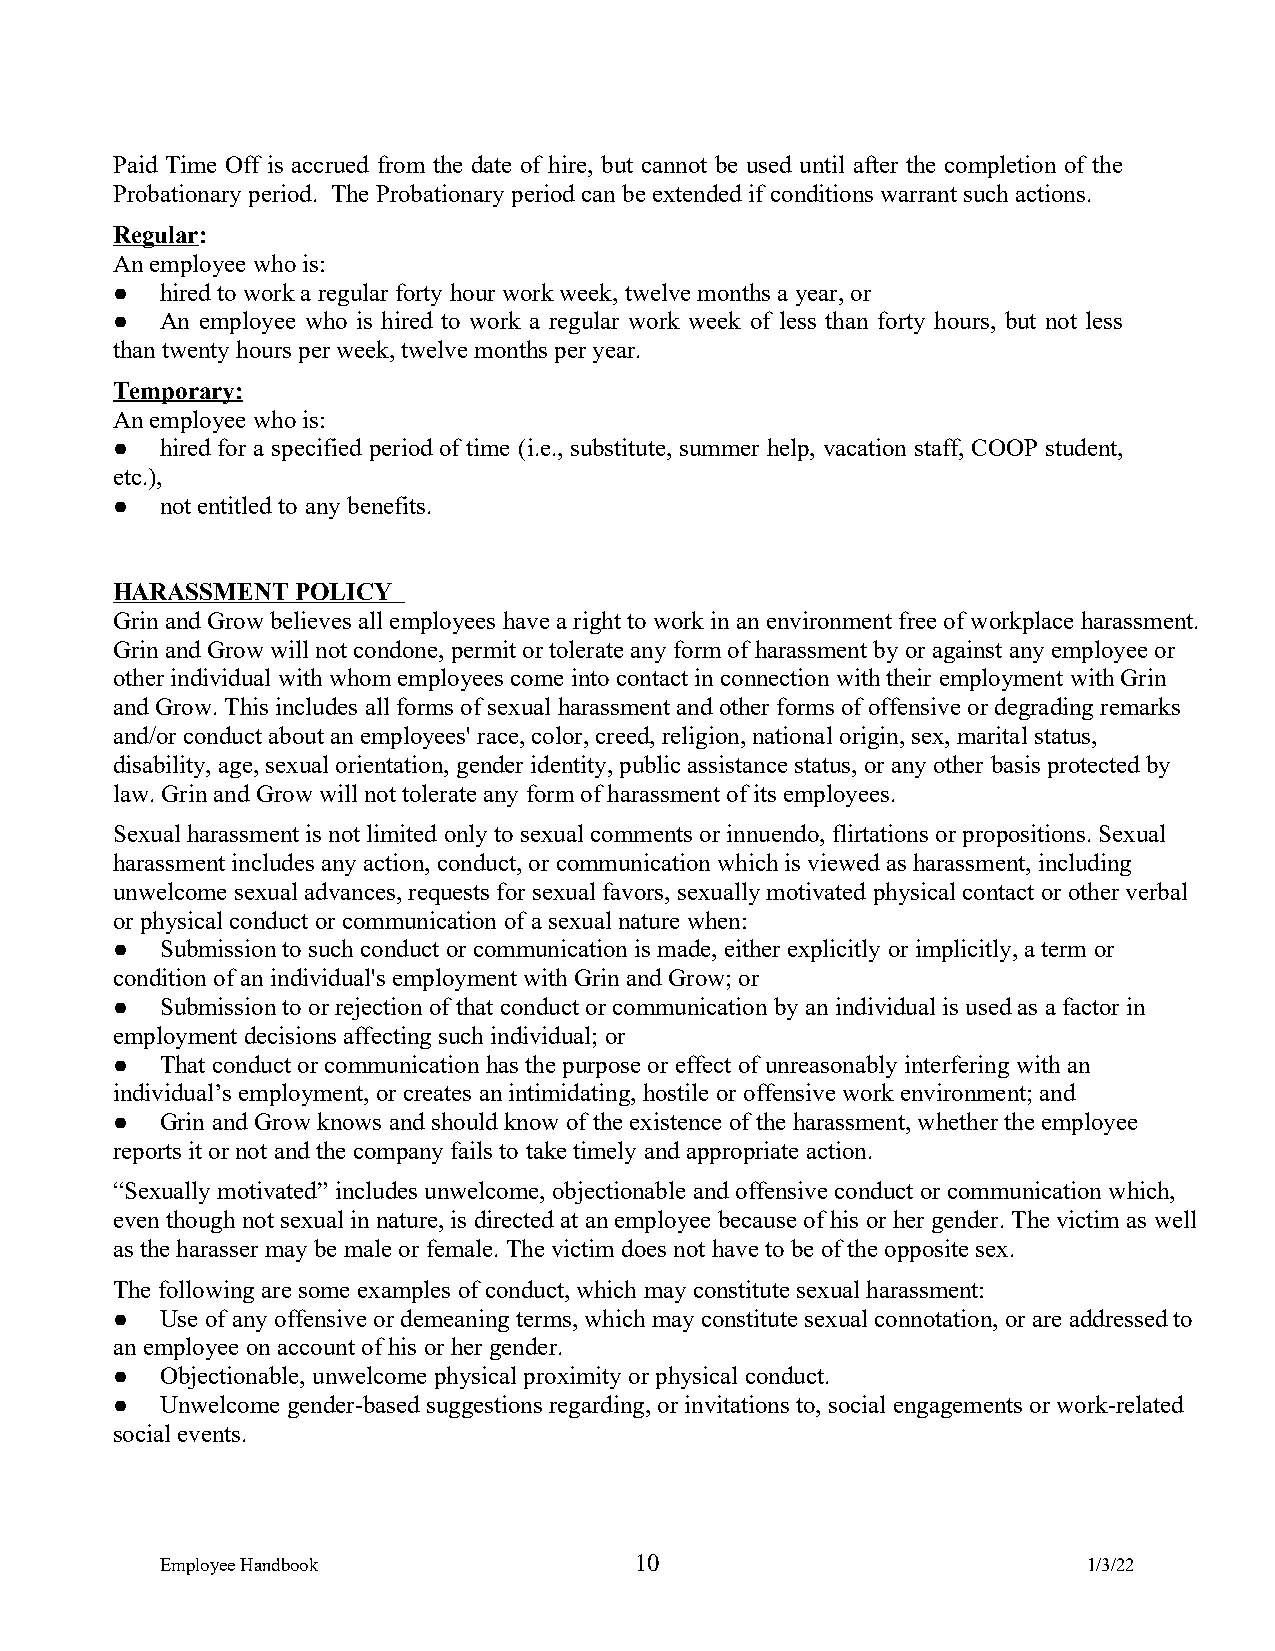
Paid Time Off is accrued from the date of hire, but cannot be used until after the completion of the
 Probationary period. The Probationary period can be extended if conditions warrant such actions.
 Regular:
 An employee who is:
 ●   hired to work a regular forty hour work week, twelve months a year, or
 ●   An employee who is hired to work a regular work week of less than forty hours, but not less
 than twenty hours per week, twelve months per year.
 Temporary:
 An employee who is:
 ●   hired for a specified period of time (i.e., substitute, summer help, vacation staff, COOP student,
 etc.),
 ●   not entitled to any benefits.
 HARASSMENT   POLICY
 Grin and Grow believes all employees have a right to work in an environment free of workplace harassment.
 Grin and Grow will not condone, permit or tolerate any form of harassment by or against any employee or
 other individual with whom employees come into contact in connection with their employment with Grin
 and Grow. This includes all forms of sexual harassment and other forms of offensive or degrading remarks
 and/or conduct about an employees' race, color, creed, religion, national origin, sex, marital status,
 disability, age, sexual orientation, gender identity, public assistance status, or any other basis protected by
 law. Grin and Grow will not tolerate any form of harassment of its employees.
 Sexual harassment is not limited only to sexual comments or innuendo, flirtations or propositions. Sexual
 harassment includes any action, conduct, or communication which is viewed as harassment, including
 unwelcome sexual advances, requests for sexual favors, sexually motivated physical contact or other verbal
 or physical conduct or communication of a sexual nature when:
 ●   Submission to such conduct or communication is made, either explicitly or implicitly, a term or
 condition of an individual's employment with Grin and Grow; or
 ●   Submission to or rejection of that conduct or communication by an individual is used as a factor in
 employment decisions affecting such individual; or
 ●   That conduct or communication has the purpose or effect of unreasonably interfering with an
 individual’s employment, or creates an intimidating, hostile or offensive work environment; and
 ●   Grin and Grow knows and should know of the existence of the harassment, whether the employee
 reports it or not and the company fails to take timely and appropriate action.
 “Sexually motivated” includes unwelcome, objectionable and offensive conduct or communication which,
 even though not sexual in nature, is directed at an employee because of his or her gender. The victim as well
 as the harasser may be male or female. The victim does not have to be of the opposite sex.
 The following are some examples of conduct, which may constitute sexual harassment:
 ●   Use of any offensive or demeaning terms, which may constitute sexual connotation, or are addressed to
 an employee on account of his or her gender.
 ●   Objectionable, unwelcome physical proximity or physical conduct.
 ●   Unwelcome gender-based suggestions regarding, or invitations to, social engagements or work-related
 social events.
 Employee Handbook              10                            1/3/22